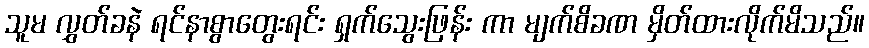
သူမ လွှတ်ခနဲ ရင်နာစွာတွေးရင်း ရှက်သွေးဖြန်း ကာ မျက်စိခဏ မှိတ်ထားလိုက်မိသည်။